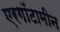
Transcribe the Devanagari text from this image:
एरगॉटामीन